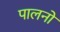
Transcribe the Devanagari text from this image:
पालनों